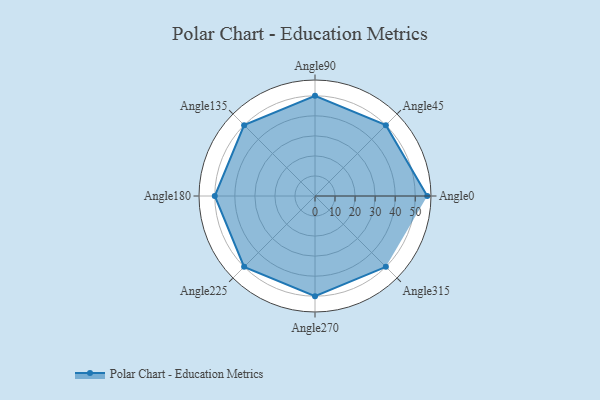
{"axis": {"x": "Angle", "y": "Radius"}, "legend": [""], "data": [{"x": "Angle0", "y": 56.0, "type": ""}, {"x": "Angle45", "y": 50, "type": ""}, {"x": "Angle90", "y": 50, "type": ""}, {"x": "Angle135", "y": 50, "type": ""}, {"x": "Angle180", "y": 50, "type": ""}, {"x": "Angle225", "y": 50, "type": ""}, {"x": "Angle270", "y": 50, "type": ""}, {"x": "Angle315", "y": 50, "type": ""}]}